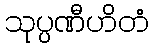
သုပ္ပဏီဟိတံ